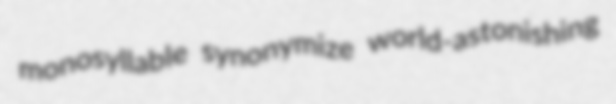
monosyllable synonymize world-astonishing